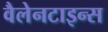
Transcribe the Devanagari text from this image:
वैलेनटाइन्स